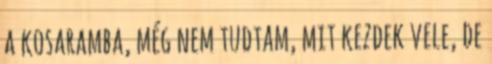
a kosaramba, még nem tudtam, mit kezdek vele, de